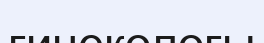
гинекологы